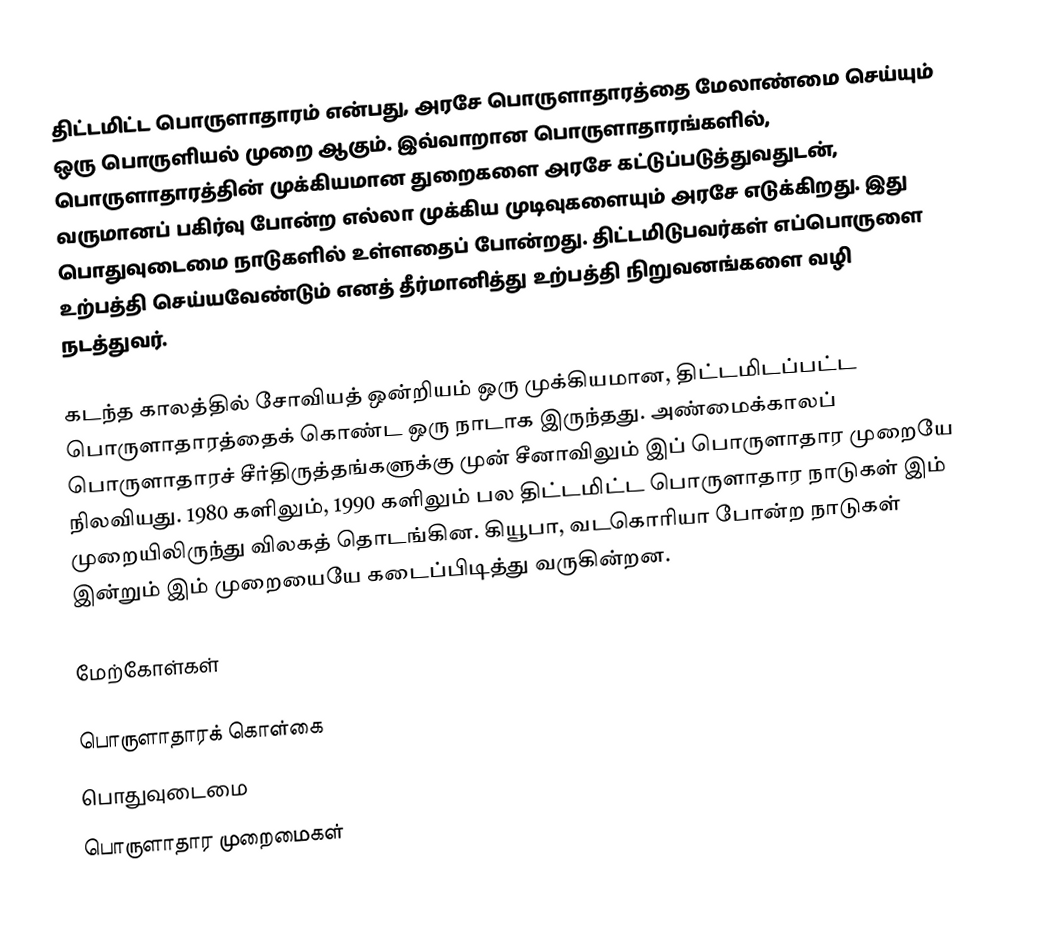
திட்டமிட்ட பொருளாதாரம் என்பது, அரசே பொருளாதாரத்தை மேலாண்மை செய்யும் ஒரு பொருளியல் முறை ஆகும். இவ்வாறான பொருளாதாரங்களில், பொருளாதாரத்தின் முக்கியமான துறைகளை அரசே கட்டுப்படுத்துவதுடன், வருமானப் பகிர்வு போன்ற எல்லா முக்கிய முடிவுகளையும் அரசே எடுக்கிறது. இது பொதுவுடைமை நாடுகளில் உள்ளதைப் போன்றது. திட்டமிடுபவர்கள் எப்பொருளை உற்பத்தி செய்யவேண்டும் எனத் தீர்மானித்து உற்பத்தி நிறுவனங்களை வழி நடத்துவர்.

கடந்த காலத்தில் சோவியத் ஒன்றியம் ஒரு முக்கியமான, திட்டமிடப்பட்ட பொருளாதாரத்தைக் கொண்ட ஒரு நாடாக இருந்தது. அண்மைக்காலப் பொருளாதாரச் சீர்திருத்தங்களுக்கு முன் சீனாவிலும் இப் பொருளாதார முறையே நிலவியது. 1980 களிலும், 1990 களிலும் பல திட்டமிட்ட பொருளாதார நாடுகள் இம் முறையிலிருந்து விலகத் தொடங்கின. கியூபா, வடகொரியா போன்ற நாடுகள் இன்றும் இம் முறையையே கடைப்பிடித்து வருகின்றன.

மேற்கோள்கள்

பொருளாதாரக் கொள்கை
பொதுவுடைமை
பொருளாதார முறைமைகள்